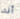
أنه